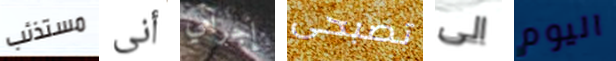
مستذئب أنى إجرامي تصبحى الى اليوم